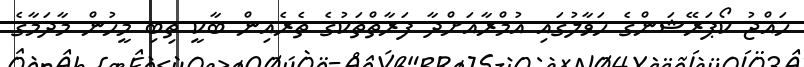
ހައްޖު ކޯޕަރޭޝަންގެ ހަވާލުގައި އުމްރާއަށްދާ ފަރާތްތަކުގެ ތެރެއިން ބާކީ ތިބި މީހުން މާދަމާގެ